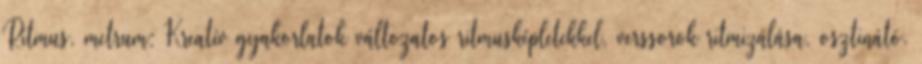
Ritmus, metrum: Kreatív gyakorlatok változatos ritmusképletekkel, verssorok ritmizálása, osztinátó.